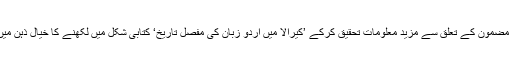
اسی مضمون کے تعلق سے مزید معلومات تحقیق کرکے ’کیرالا میں اُردو زبان کی مفصل تاریخ‘ کتابی شکل میں لکھنے کا خیال ذہن میں آیا۔